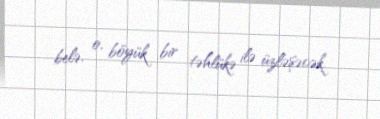
belə, o, böyük bir təhlükə ilə üzləşəcək.